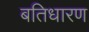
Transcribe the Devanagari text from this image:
बतिधारण